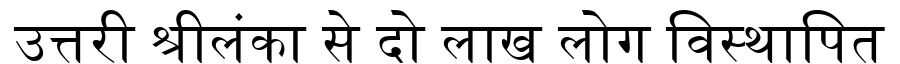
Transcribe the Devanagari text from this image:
उत्तरी श्रीलंका से दो लाख लोग विस्थापित